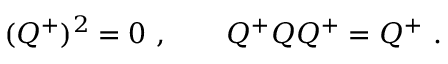
( Q ^ { + } ) ^ { 2 } = 0 \ , \qquad Q ^ { + } Q Q ^ { + } = Q ^ { + } \ .